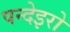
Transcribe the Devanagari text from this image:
पन्देइरो